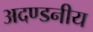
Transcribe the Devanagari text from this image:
अदण्डनीय